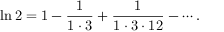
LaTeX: \ln 2 = 1 - { \frac { 1 } { 1 \cdot 3 } } + { \frac { 1 } { 1 \cdot 3 \cdot 1 2 } } - \cdots .